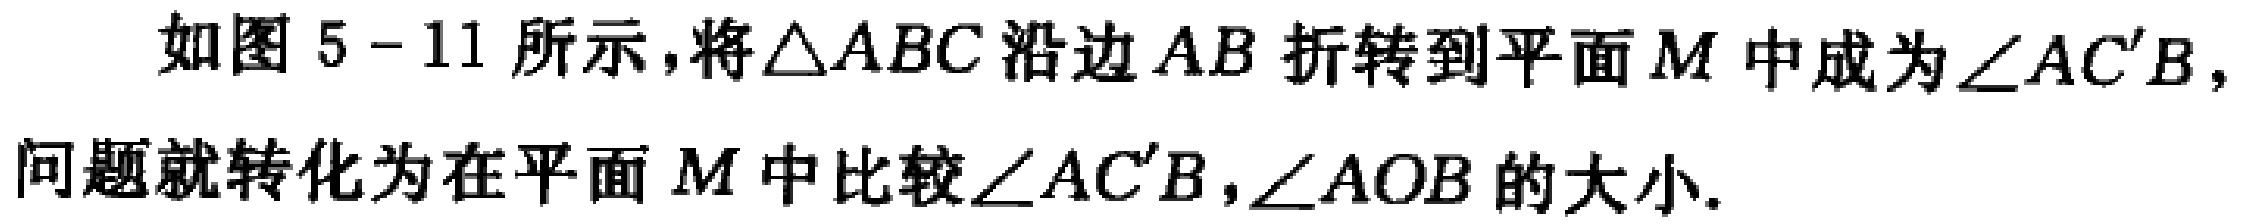
如图5 - 11所示，将\(\triangle ABC\)沿边\(AB\)折转到平面\(M\)中成为\(\angle AC'B\)，问题就转化为在平面\(M\)中比较\(\angle AC'B,\angle AOB\)的大小.